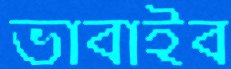
ভাবাইব